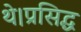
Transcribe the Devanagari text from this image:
थे।प्रसिद्ध